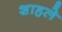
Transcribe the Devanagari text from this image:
शाहले